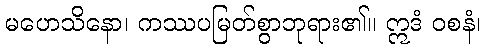
မဟေသိနော၊ ကဿပမြတ်စွာဘုရား၏။ ဣဒံ ဝစနံ၊